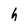
Character: h